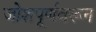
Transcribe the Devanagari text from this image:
जोशपूर्णवरून